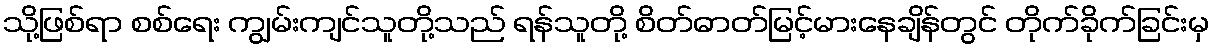
သို့ဖြစ်ရာ စစ်ရေး ကျွမ်းကျင်သူတို့သည် ရန်သူတို့ စိတ်ဓာတ်မြင့်မားနေချိန်တွင် တိုက်ခိုက်ခြင်းမှ